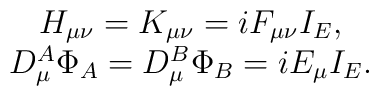
\begin{array}{c}H_{\mu \nu }=K_{\mu \nu }=iF_{\mu \nu }I_E, \\D_\mu ^A\Phi _A=D_\mu ^B\Phi _B=iE_\mu I_E.\end{array}